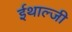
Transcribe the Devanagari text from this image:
ईथाल्जी